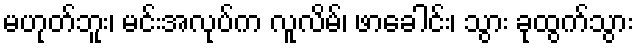
မဟုတ်ဘူး၊ မင်းအလုပ်က လူလိမ်၊ ဖာခေါင်း၊ သွား ခုထွက်သွား